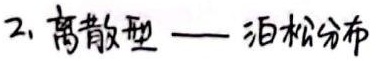
2. 离散型 —— 泊松分布